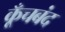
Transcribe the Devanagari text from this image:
कूँचबंद